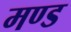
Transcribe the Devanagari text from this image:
मण्ड